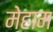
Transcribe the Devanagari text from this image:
मेहाम